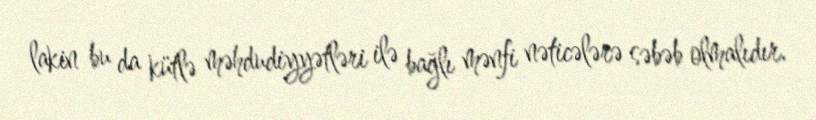
lakin bu da kütlə məhdudiyyətləri ilə bağlı mənfi nəticələrə səbəb olmalıdır.